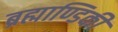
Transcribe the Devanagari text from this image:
ब्रह्माण्डिकी